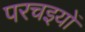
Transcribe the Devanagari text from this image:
परचइयों